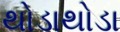
થોડાથોડા